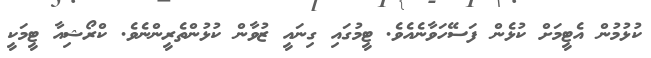
ކުޅުމުން އެޓީމަށް ކުޅެން ފަސޭހަވާނެއެވެ. ޓީމުގައި ގިނައީ ޒުވާން ކުޅުންތެރީންނެވެ. ކްރޯޝިއާ ޓީމަކީ